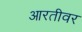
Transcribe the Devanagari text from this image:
आरतीवर